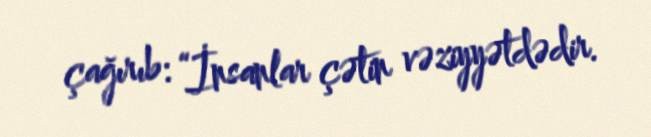
çağırıb: “İnsanlar çətin vəziyyətdədir.